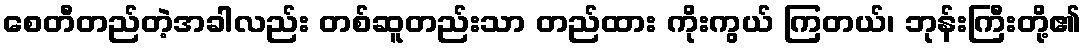
စေတီတည်တဲ့အခါလည်း တစ်ဆူတည်းသာ တည်ထား ကိုးကွယ် ကြတယ်၊ ဘုန်းကြီးတို့၏